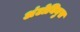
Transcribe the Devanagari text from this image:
अंटोनिनुस